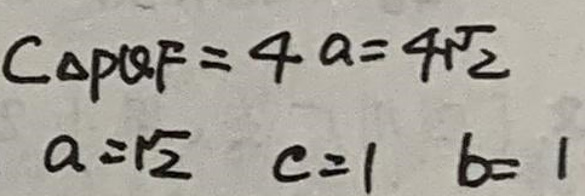
\[
\begin{align*}
\vert OP\vert& = 4a = 4\sqrt{2}\\
a&=\sqrt{2}\\
c& = 1\\
b& = 1
\end{align*}
\]